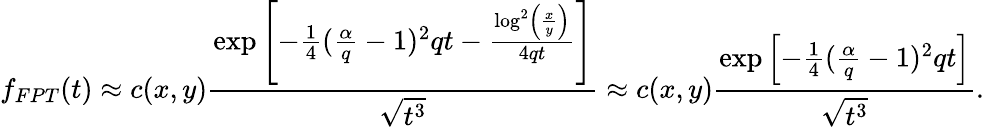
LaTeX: f_{FPT}(t)\approx c(x,y)\frac{\exp\left[-\frac{1}{4}(\frac{\alpha}{q}-1)^{2}qt-\frac{\log^{2}\left(\frac{x}{y}\right)}{4qt}\right]}{\sqrt{t^{3}}}\approx c(x,y)\frac{\exp\left[-\frac{1}{4}(\frac{\alpha}{q}-1)^{2}qt\right]}{\sqrt{t^{3}}}.